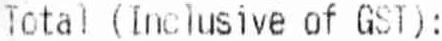
TOTAL (INCLUSIVE OF GST):